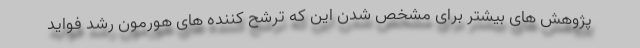
پژوهش های بیشتر برای مشخص شدن این که ترشح کننده های هورمون رشد فواید